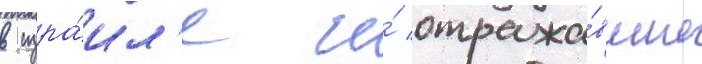
в изра́ил'е и́ отража́вшие